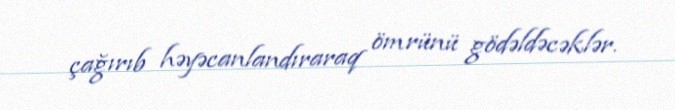
çağırıb həyəcanlandıraraq ömrünü gödəldəcəklər.